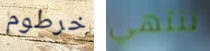
خرطوم ننتهي